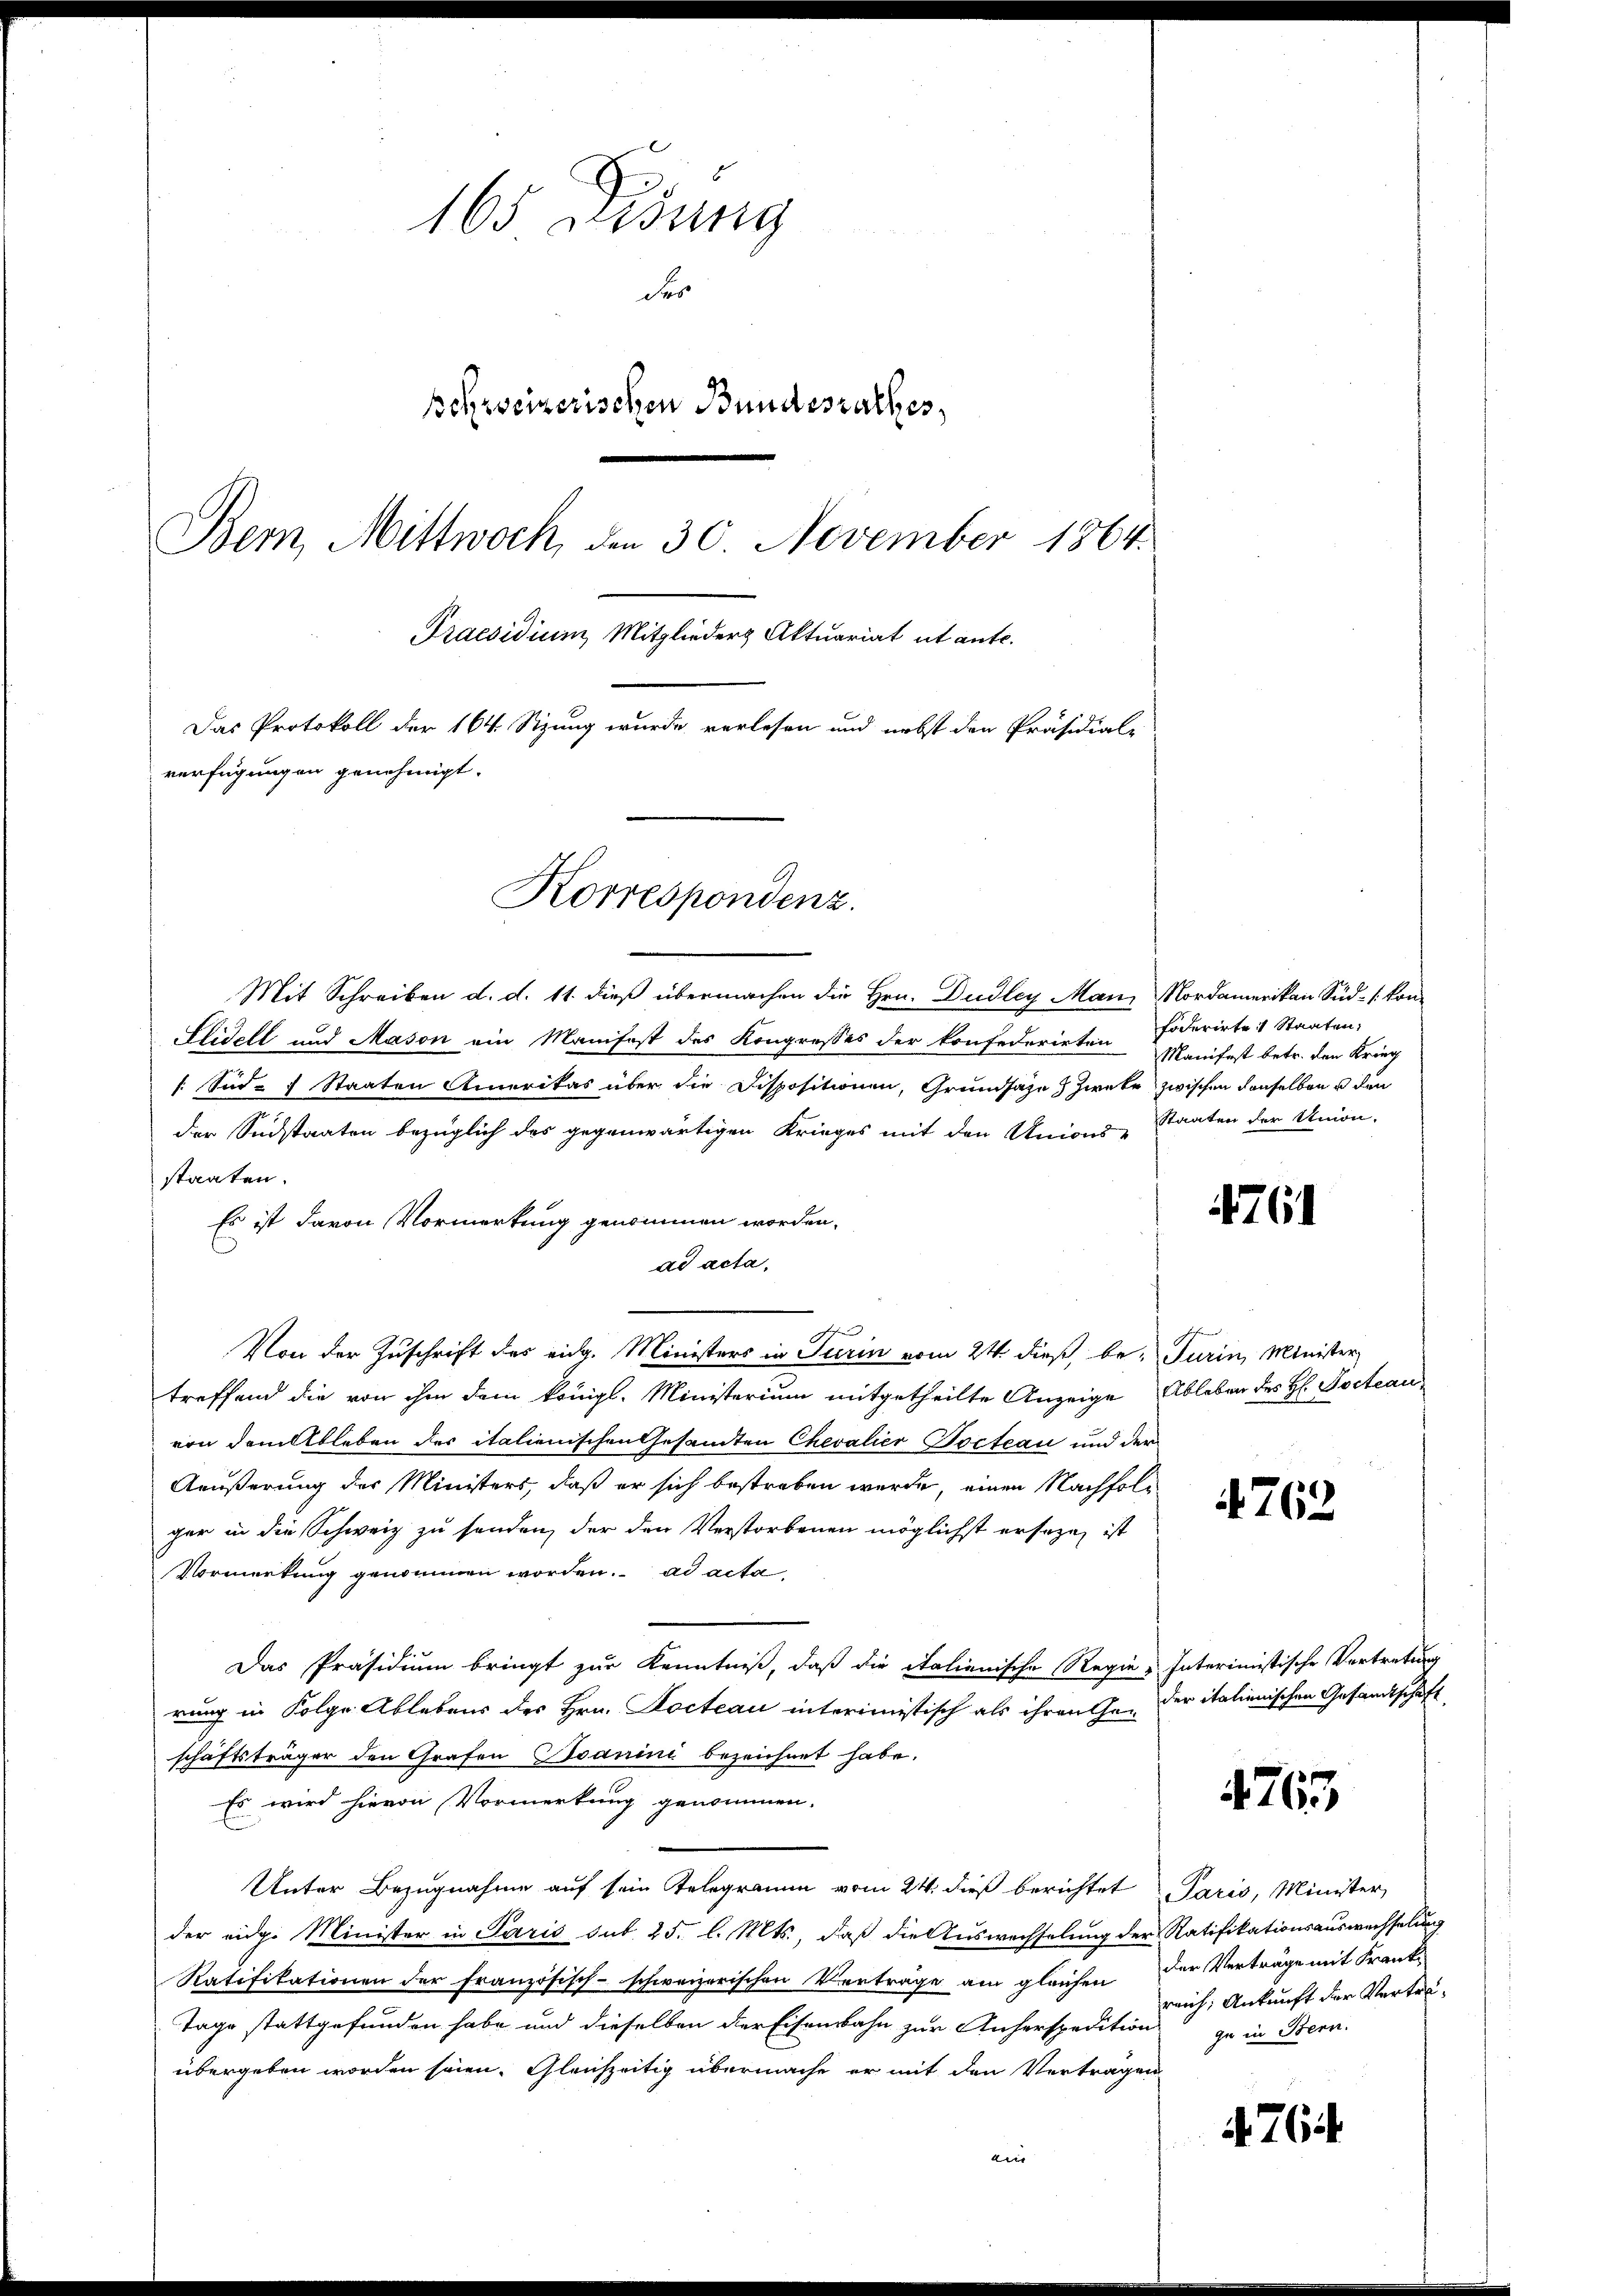
165 Disung
des
schweizerischen Bundesrathes,
Bern, Mittwoch, den 30. November 1864.
Praesidium Mitglieder Aktuariat ut ante.
Das Protokoll der 164 Stzung wurde verlesen und nebst den Präsidial-
verfügungen genehmigt.

Korrespondenz.

Mit Schreiben d. d. 11. dieß übermachen die Hrn. Dudley Mann Nordamerikan Süd- [kon¬
Elidell und Mason ein Manifest des Kongresses der konfederirten Foderirte 1 Staaten,
[Sid. 7 Staaten Amerikas über die Dispositionen, Grundsaze Zwecke zwischen denselben u den
der Südstaaten bezüglich des gegenwärtigen Krieges mit den Unions-
staaten.
Es ist davon Vormerkung genommen worden.
ad acta.
Von der Zuschrift des eidg. Ministers in Turin vom 24 dieß, be- Turin, Minister
treffend die von ihm dem Königl. Ministerium mitgetheilte Anzeige Ableben des H. Docteau
von dem Ableben des italienischen Gesamten Chevalier Pocteau und der
Aeußerung der Ministers, daß er sich bestreben werde, einen Nachfolger in die Schweiz zu senden, der den Verstorbenen möglichst erseze, ist
Vormerkung genommen worden. ad acta
Das Präsidium bringt zur Kenntniß, daß die italienische Regie & Interimistische Vertretung
rung in Folge Ablebens des Hrn. Docteau interimistisch als ihren Ge- der italienischen Gesandtschaft
schäftsträger den Grafen sanini bezeichnet habe.
Es wird hievon Vormerkung genommen.
Unter Bezugnahme auf sein Telegramm vom 24. dieß berichtet Paris, Minister,
der eidge Minister in Paris sub. 25. l. Mts., daß die Auswechselung der Ratifikationsauswechselung
Ratifikationen der Französisch-schweizerischen Verträge am gleichen der Verträge mit Frank¬
Tage stattgefunden habe und dieselben der Eisenbahn zur Anherspedition
übergeben worden seien. Gleichzeitig übermache er mit den Vertragen
ein

Manifest betr. den Krieg
Staaten der Union-

4761

4762

4763

reich, Ankunft der Vertrezu in Bern.

764